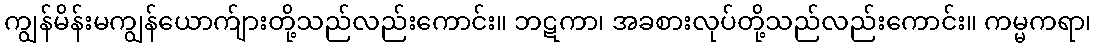
ကျွန်မိန်းမကျွန်ယောက်ျားတို့သည်လည်းကောင်း။ ဘဋကာ၊ အခစားလုပ်တို့သည်လည်းကောင်း။ ကမ္မကရာ၊